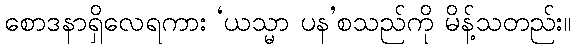
စောဒနာရှိလေရကား ‘ယသ္မာ ပန’စသည်ကို မိန့်သတည်း။